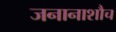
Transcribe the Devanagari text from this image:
जनानाशौच